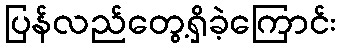
ပြန်လည်တွေ့ရှိခဲ့ကြောင်း